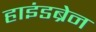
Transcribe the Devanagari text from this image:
हाइंडब्रेन